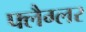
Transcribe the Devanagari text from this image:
फ्लैग्लर